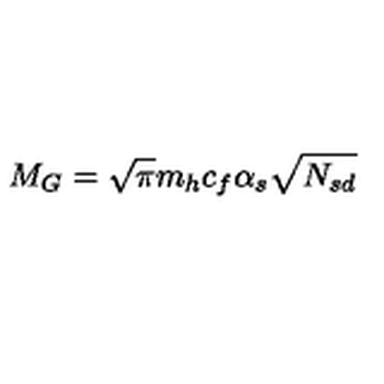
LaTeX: M _ { G } = \sqrt { \pi } m _ { h } c _ { f } \alpha _ { s } \sqrt { N _ { s d } }